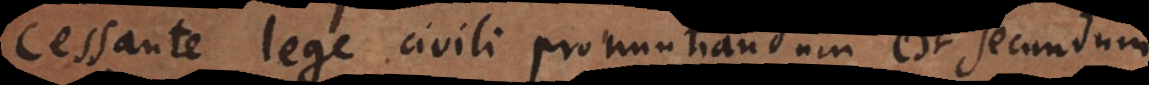
Cessante lege civili pronuntiandum est secundum